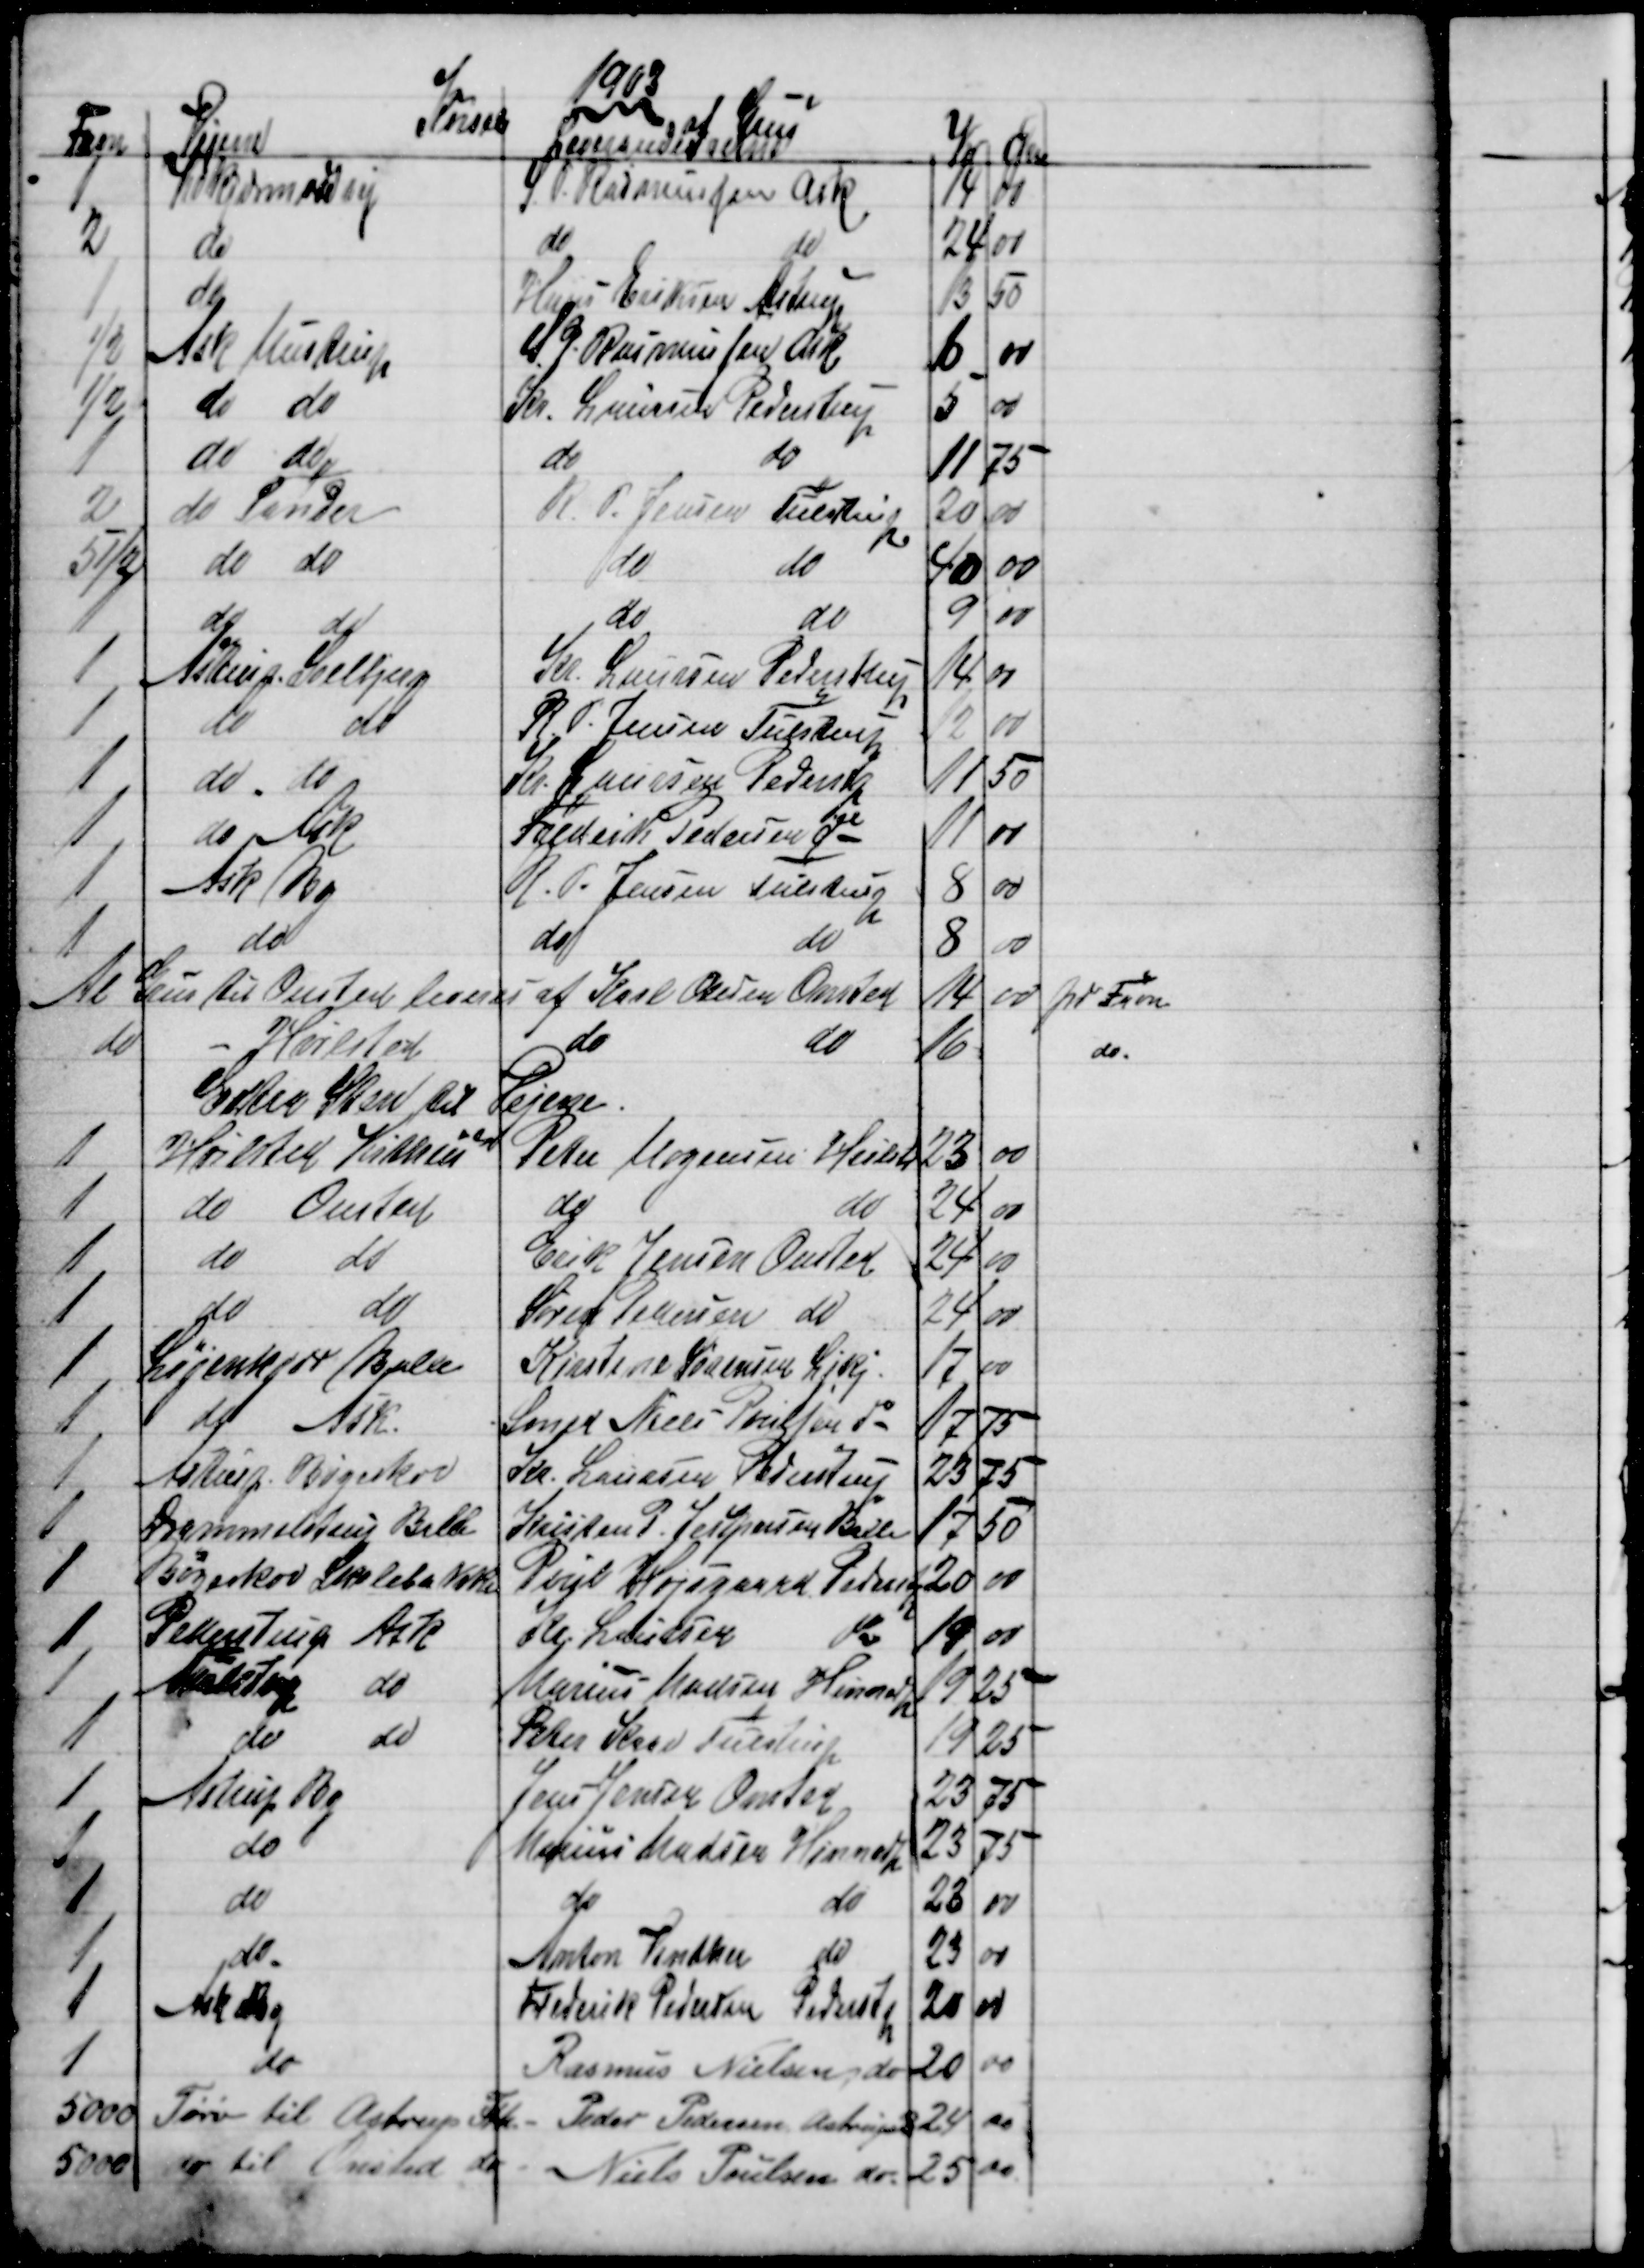
Transskription:
1903
Kørsel
af Grus
Favn
Vejene
Leverandeurerne
Kr
Øre
1
Kokjærmosevej
S. P. Rasmussen Ask
14
00
2
do
do
do
24 00
1
do
HansEriksen Astrup
13
50
½
Ask Mustrup
S. P. Rasmussen Ask
6
00
½
do do
Kr. Laursen Pederstrup
5
00
1
do do
do
do
11
75
2
do Tander
R. P. Jensen Tulstrup
20
00
5½
do do
do
do
40
00
1
do
do
do
do
9
00
1
Astrup Soelbjerg
Kr. Laursen Pederstrup
14
00
1
do
do
R. P. Jensen Tulstrup
12
00
1
do do
Kr. Laursen Pederstp
11
50
1
do Ask
Frederik Pedersen do
11
00
1
Ask By
R. P. Jensen Tulstrup
8
00
1
do
do
do
8
00
Al Grus til Onsted leveres af Karl Olesen Onsted
14
00
pr Favn
do
Hvilsted
do
do
16
do.
Extra Sten til Vejene.
1
Hvilsted Kithus
Peter Mogensens Hvilsted
23
00
1
do Onsted
do
do
24
00
1
do 
do
Erik Jensen Onsted
24
00
1
do
do
Søren Pedersen do
24
00
1
Løjenkjær Balle
Kirstine Sørensen Ljkj
17
00
1
do
Ask.
Smed Niels Poulsen do
17
75
1
Astrup Bøgeskov
Kr. Laursen Pederstrup
23
75
1
Drammelstrup Balle
Kristen P. Jespersen Balle
17
50
1
Bøgeskov Skolebakke
Poul Højsgaard Pederstp
20
00
1
Pederstrup Ask
Kr. Laursen
do
19
00
1
Astrup
do
Marius Madsen Hinnedp
19 25
1
do
do
Peter Kaae Tulstrup
19
25
1
Astrup By
Jens Jensen Onsted
23
75
1
do
Marius Madsen Hinnedp
23
75
1
do
do
do
23
00
1
do
Anton Vinther do
23
00
1
Ask By
Frederik Pedersen Pederstp
20 00
1
do
Rasmus Nielsen do 
20 00
5000
Tørv til Astrup Ftk
Peder Pedersen Astrup
 24
00
5000
do til Onsted do
Niels Poulsen do 
25 
00